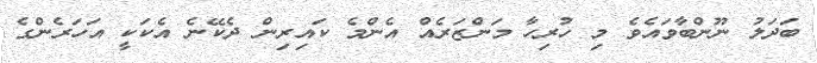
ބަދަލު ނޫންބާވައެވެ މި ހުރިހާ މަންޒަރެއް އެންމެ ކައިރިން ދެކޭނެ އެކަކީ އަހަރެންގެ